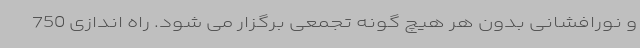
و نورافشانی بدون هر هیچ گونه تجمعی برگزار می شود. راه اندازی 750